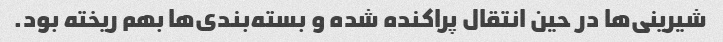
شیرینی‌ها در حین انتقال پراکنده شده و بسته‌بندی‌ها بهم ریخته بود.